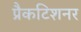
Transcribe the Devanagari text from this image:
प्रैकटिशनर